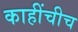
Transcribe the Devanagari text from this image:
काहींचीच